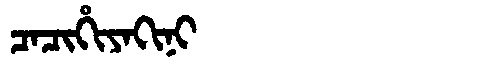
Manchu: ᠴᠠᠴᡳᡥᡳᠶᠠᡴᡳᠨᡳ
Romanization: CACIHIYAKINI